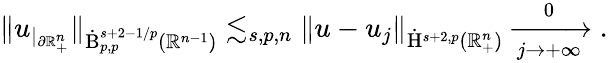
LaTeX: \begin{array}{r}{\lVert u_{|_{\partial\mathbb{R}_{+}^{n}}}\rVert_{\dot{\mathrm{B}}_{p,p}^{s+2-{1/p}}(\mathbb{R}^{n-1})}\lesssim_{s,p,n}\lVert u-u_{j}\rVert_{\dot{\mathrm{H}}^{s+2,p}(\mathbb{R}_{+}^{n})}\xrightarrow[j\rightarrow+\infty]0\mathrm{.}}\end{array}